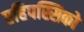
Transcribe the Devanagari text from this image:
एहिपस्सिको